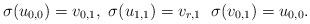
LaTeX: \begin{align*}\sigma(u_{0,0})=v_{0,1},~\sigma(u_{1,1})=v_{r,1}~~\sigma(v_{0,1})=u_{0,0}.\end{align*}